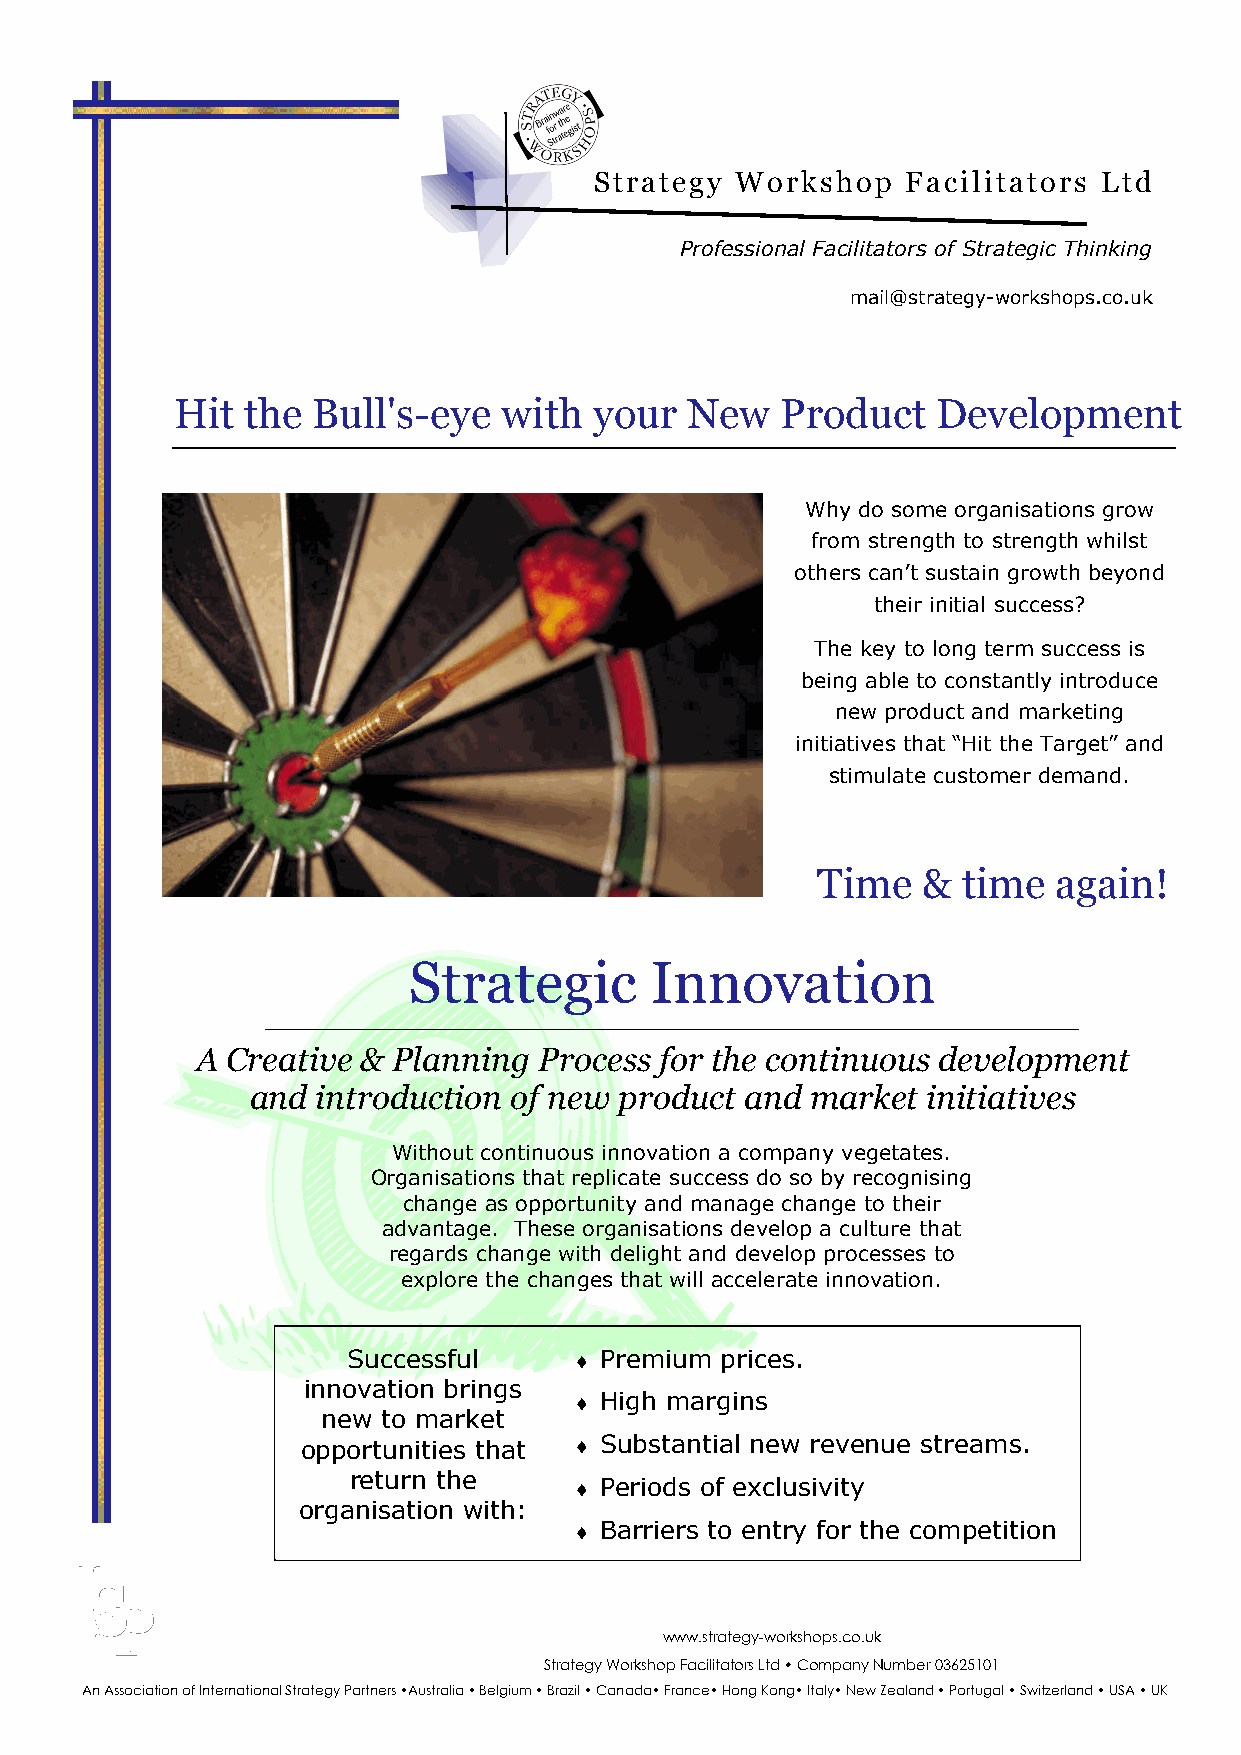
Strategy  Workshop   Facilitators Ltd
 Professional Facilitators of Strategic Thinking
 mail@strategy-workshops.co.uk
 Hit  the  Bull's-eye  with  your  New    Product   Development
 Why do some organisations grow
 from strength to strength whilst
 others can’t sustain growth beyond
 their initial success?
 The key to long term success is
 being able to constantly introduce
 new product and marketing
 initiatives that “Hit the Target” and
 stimulate customer demand.
 Time   &  time  again!
 Strategic       Innovation
 A Creative & Planning  Process for the continuous development
 and introduction of new product and  market initiatives
 Without continuous innovation a company vegetates.
 Organisations that replicate success do so by recognising
 change as opportunity and manage change to their
 advantage. These organisations develop a culture that
 regards change with delight and develop processes to
 explore the changes that will accelerate innovation.
 Successful     ♦ Premium prices.
 innovation brings
 ♦ High margins
 new to market
 opportunities that ♦ Substantial new revenue streams.
 return the
 ♦ Periods of exclusivity
 organisation with:
 ♦ Barriers to entry for the competition
 III
 SSS
 PPP
 www.strategy-workshops.co.uk
 Strategy Workshop Facilitators Ltd • Company Number 03625101
 An Association of International Strategy Partners •Australia • Belgium • Brazil • Canada• France• Hong Kong• Italy• New Zealand • Portugal • Switzerland • USA • UK